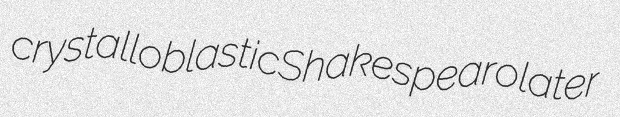
crystalloblastic Shakespearolater